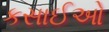
કસાઈઓ